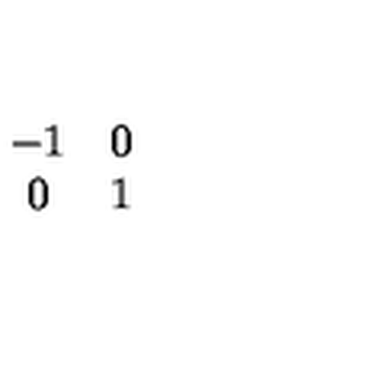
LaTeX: \begin{array} { c c } { - 1 } & { 0 } \\ { 0 } & { 1 } \\ \end{array}